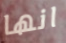
انها